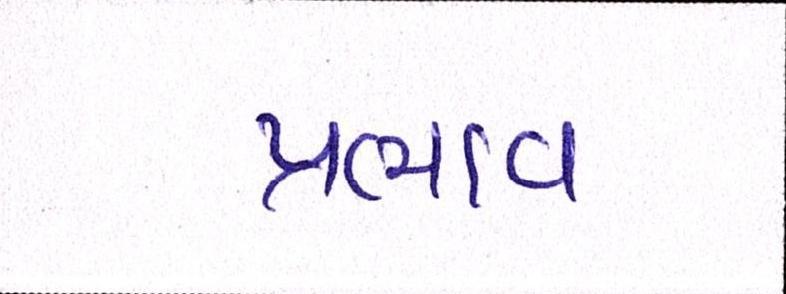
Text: પ્રભાવ